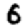
Digit: 6